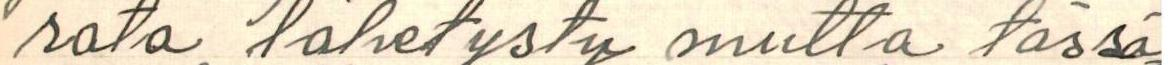
rata lähetysty mutta tässä